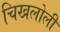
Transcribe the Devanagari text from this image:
चिखलोली